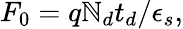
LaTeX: F_{0}=q\mathbb{N}_{d}t_{d}/\epsilon_{s},